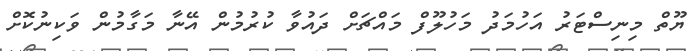
ޔޫތް މިނިސްޓަރު އަހުމަދު މަހުލޫފް މައްޗަށް ދައުވާ ކުރުމުން އޭނާ މަގާމުން ވަކިނުކޮށް